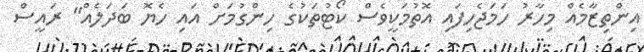
އިންތިޒާމެއް މިހާރު ހަމަޖެހިފައި އޮތުމަކީވެސް ކޯޓުތަކުގެ ހިންގުމަށް އައި ހެޔޮ ބަދަލެއް" ރައީސް